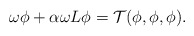
\begin{align*}\omega \phi + \alpha \omega L \phi = \mathcal{T}(\phi,\phi,\phi).\end{align*}